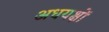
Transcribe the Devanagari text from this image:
अधयक्षों